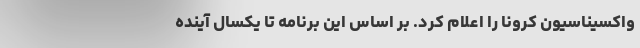
واکسیناسیون کرونا را اعلام کرد. بر اساس این برنامه تا یکسال آینده